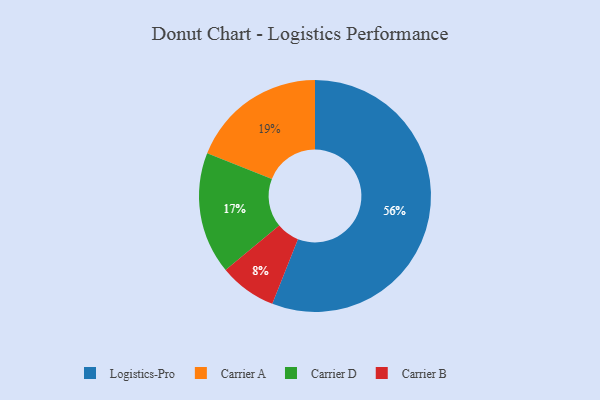
{"axis": {"x": "Category", "y": "Percentage"}, "legend": ["Carrier A", "Carrier B", "Carrier D", "Logistics-Pro"], "data": [{"x": "Carrier B", "y": 8, "type": "Carrier B"}, {"x": "Carrier A", "y": 19, "type": "Carrier A"}, {"x": "Logistics-Pro", "y": 56, "type": "Logistics-Pro"}, {"x": "Carrier D", "y": 17, "type": "Carrier D"}]}